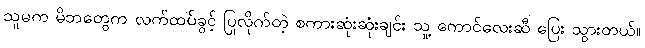
သူမက မိဘတွေက လက်ထပ်ခွင့် ပြုလိုက်တဲ့ စကားဆုံးဆုံးချင်း သူ့ ကောင်လေးဆီ ပြေး သွားတယ်။